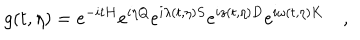
g ( t , \eta ) = e ^ { - i t H } e ^ { i \eta Q } e ^ { i \lambda ( t , \eta ) S } e ^ { i z ( t , \eta ) D } e ^ { i \omega ( t , \eta ) K } \quad ,